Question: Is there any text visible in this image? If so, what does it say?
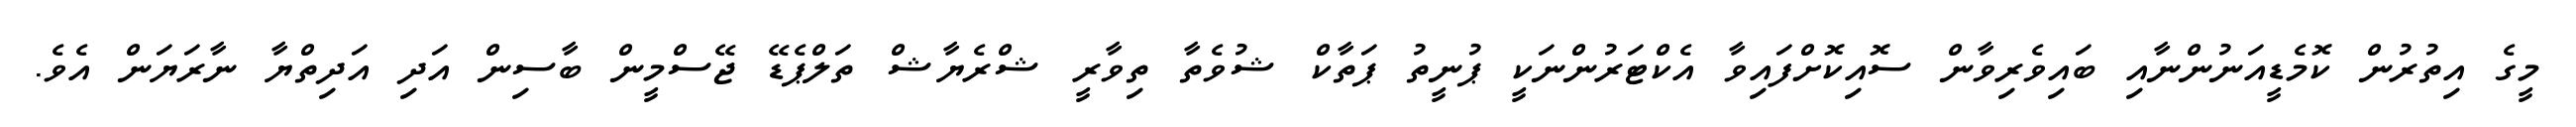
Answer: މީގެ އިތުރުން ކޮމެޑީއަނުންނާއި ބައިވެރިވާން ސޮއިކޮށްފައިވާ އެކްޓަރުންނަކީ ޕުނީތު ޕަތާކް ޝުވެތާ ތިވާރީ ޝްރެޔާޝް ތަލްޕެޑޭ ޖޭސްމީން ބާސިން އަދި އަދިތްޔާ ނާރަޔަން އެވެ.